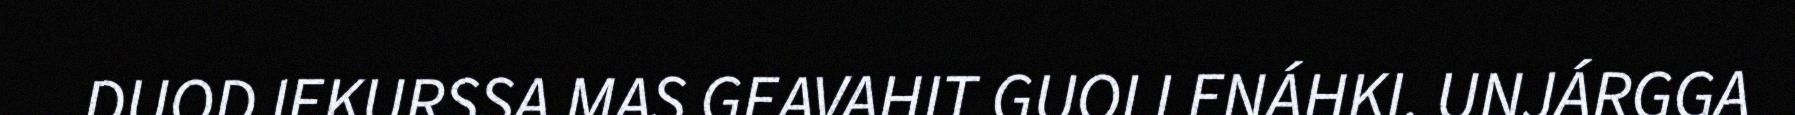
DUODJEKURSSA MAS GEAVAHIT GUOLLENÁHKI. UNJÁRGGA